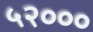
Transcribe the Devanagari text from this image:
५२०००